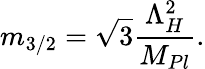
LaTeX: m_{3/2}=\sqrt{3}\frac{\Lambda_{H}^{2}}{M_{Pl}}.